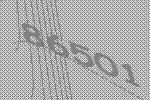
86501